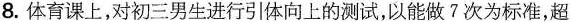
8. 体育课上，对初三男生进行引体向上的测试，以能做7次为标准，超